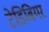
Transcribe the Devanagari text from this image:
टेडिबियर